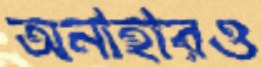
অনাহারও